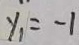
y _ { 1 } = - 1